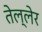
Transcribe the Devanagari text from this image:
तेल्लेर